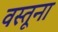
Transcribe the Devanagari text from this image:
वस्तूना